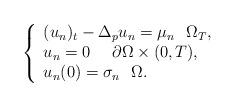
LaTeX: \begin{align*}\left\{ \begin{array}{l}{(u_{n})_{t}}-\Delta _{p}u_{n}=\mu _{n}~~\Omega _{T}, \\ u_{n}=0~~~~\partial \Omega \times (0,T), \\ {u}_{n}(0)=\sigma _{n}~~\Omega .\end{array}\right.\end{align*}